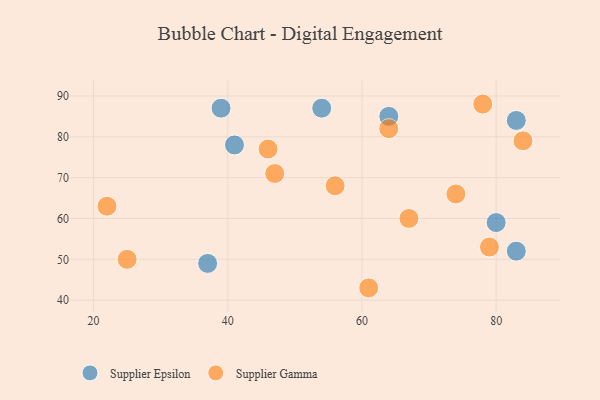
{"axis": {"x": "GDP", "y": "Life Expectancy"}, "legend": ["Supplier Epsilon", "Supplier Gamma"], "data": [{"x": "80", "y": 59, "type": "Supplier Epsilon"}, {"x": "83", "y": 52, "type": "Supplier Epsilon"}, {"x": "39", "y": 87, "type": "Supplier Epsilon"}, {"x": "83", "y": 84, "type": "Supplier Epsilon"}, {"x": "64", "y": 85, "type": "Supplier Epsilon"}, {"x": "54", "y": 87, "type": "Supplier Epsilon"}, {"x": "41", "y": 78, "type": "Supplier Epsilon"}, {"x": "37", "y": 49, "type": "Supplier Epsilon"}, {"x": "67", "y": 60, "type": "Supplier Gamma"}, {"x": "61", "y": 43, "type": "Supplier Gamma"}, {"x": "74", "y": 66, "type": "Supplier Gamma"}, {"x": "46", "y": 77, "type": "Supplier Gamma"}, {"x": "64", "y": 82, "type": "Supplier Gamma"}, {"x": "25", "y": 50, "type": "Supplier Gamma"}, {"x": "84", "y": 79, "type": "Supplier Gamma"}, {"x": "47", "y": 71, "type": "Supplier Gamma"}, {"x": "79", "y": 53, "type": "Supplier Gamma"}, {"x": "78", "y": 88, "type": "Supplier Gamma"}, {"x": "56", "y": 68, "type": "Supplier Gamma"}, {"x": "22", "y": 63, "type": "Supplier Gamma"}]}